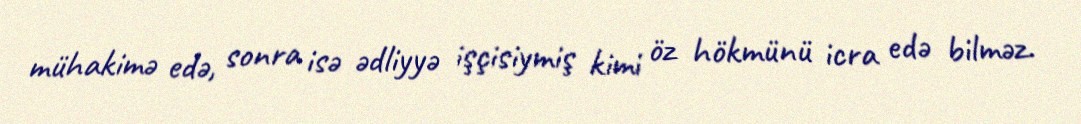
mühakimə edə, sonra isə ədliyyə işçisiymiş kimi öz hökmünü icra edə bilməz.